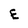
Character: E